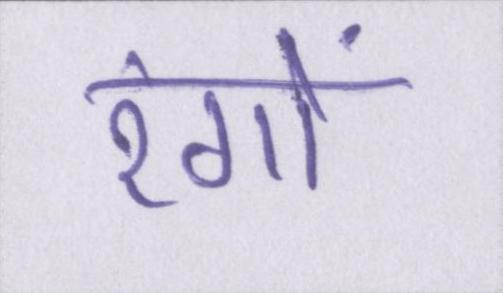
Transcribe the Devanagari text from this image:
रंगों